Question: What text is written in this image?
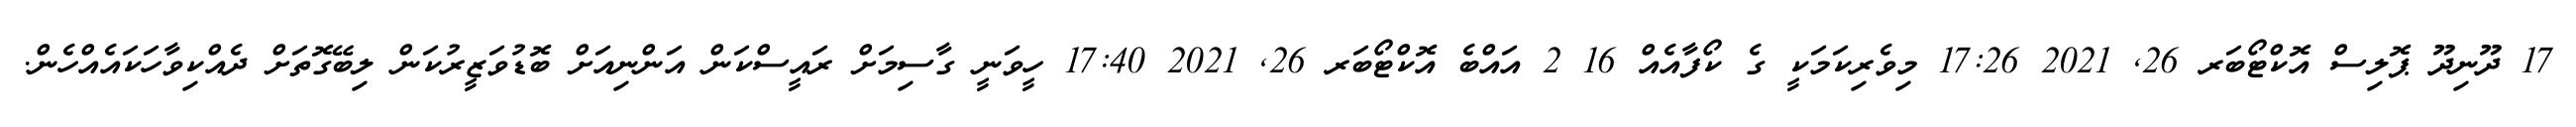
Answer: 17 ދޫނިދޫ ޕޮލިސް އޮކްޓޯބަރ 26, 2021 17:26 މިވެރިކަމަކީ ގެ ކޯފާއެއް 16 2 އައްބެ އޮކްޓޯބަރ 26, 2021 17:40 ހީވަނީ ގާސިމަށް ރައީސްކަން އަންނިއަށް ބޮޑުވަޒީރުކަން ލިބޭގޮތަށް ދެއްކިވާހަކައެއްހެން.